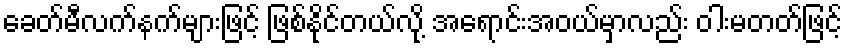
ခေတ်မီလက်နက်များဖြင့် ဖြစ်နိုင်တယ်လို့ အရောင်းအဝယ်မှာလည်း ဝါးမတတ်ဖြင့်